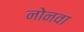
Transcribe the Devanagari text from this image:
नोनवा